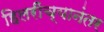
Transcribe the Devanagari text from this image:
हिलरींच्यानंतर